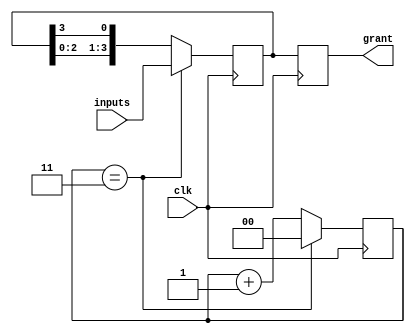
module RoundRobinArbiter (
  input wire clk,
  input wire [3:0] inputs,
  output reg [3:0] grant
);

  reg [3:0] next_grant;
  reg [1:0] counter;

  always @ (posedge clk) begin
    if (counter == 2'b11) begin
      next_grant = inputs;
      counter = 2'b00;
    end else begin
      next_grant = {next_grant[2:0], next_grant[3]};
      counter = counter + 1;
    end
  end

  always @ (posedge clk) begin
    grant <= next_grant;
  end

endmodule